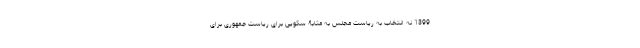
1399 نه انتخاب به ریاست مجلس به مثابۀ سکویی برای ریاست جمهوری برای